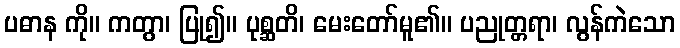
ပဓာန ကို။ ကတွာ၊ ပြု၍။ ပုစ္ဆတိ၊ မေးတော်မူ၏။ ပညုတ္တရာ၊ လွန်ကဲသော